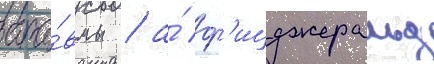
тра́вмы / а́ ф'ицджеральд